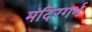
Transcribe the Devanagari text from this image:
मंदिरगर्भ